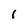
Character: 1